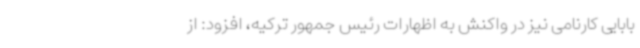
بابایی کارنامی نیز در واکنش به اظهارات رئیس جمهور ترکیه، افزود: از